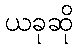
ယခုဆို